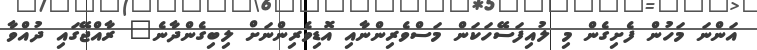
އަންނަ މަހުން ފެށިގެން މި ލުއިފަސޭހަކަން މަސްވެރިންނާއި އޮޑިވެރިންނަށް ލިބިގެންދާނެ" ރާއްޖޭގައި ދުއްވާ